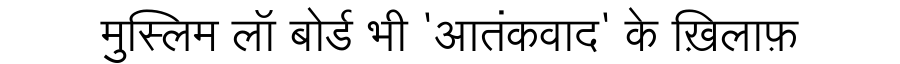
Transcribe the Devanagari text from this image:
मुस्लिम लॉ बोर्ड भी 'आतंकवाद' के ख़िलाफ़